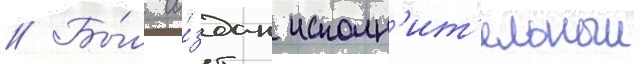
// Бы́л со́здан исполн'ит'ельныи